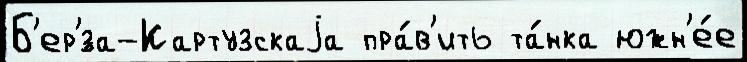
Б'ер'́за-Картузскаjа пра́в'ить та́нка южн'е́е